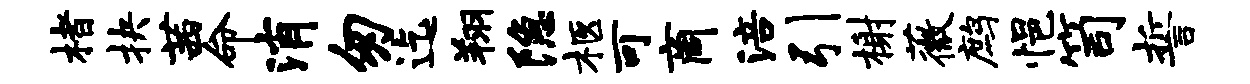
楮抉茜命消匆迄翔隐柩可商涪引榭薇鹧悒笥誓